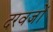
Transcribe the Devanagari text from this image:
दरवजों